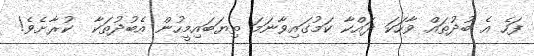
ފަހެ އެ ބުދުތައް ވާހަކަ ދައްކާ ކަމުގައިވާނަމަ ތިޔަބައިމީހުން އެބުދުތަކާ  ކުރާށެވެ!